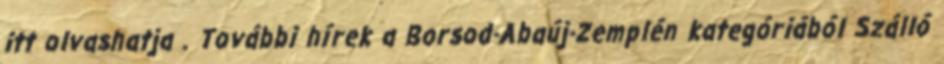
itt olvashatja . További hírek a Borsod-Abaúj-Zemplén kategóriából Szálló